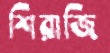
শিরাজি